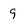
Character: 9